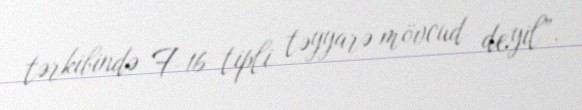
tərkibində F-16 tipli təyyarə mövcud deyil”.